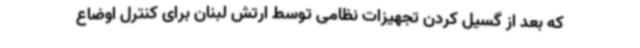
که بعد از گسیل کردن تجهیزات نظامی توسط ارتش لبنان برای کنترل اوضاع